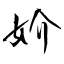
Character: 妎